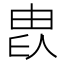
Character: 𤱫